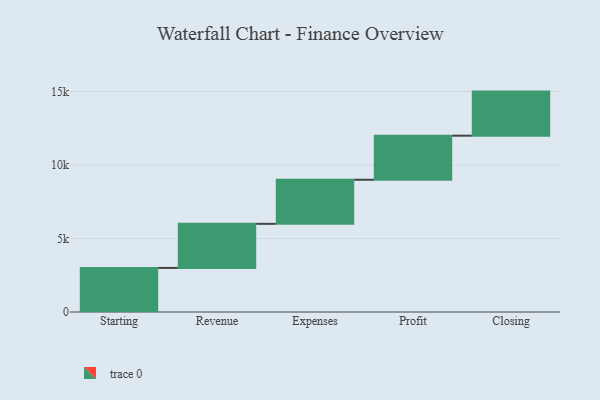
{"axis": {"x": "Step", "y": "Value"}, "legend": [""], "data": [{"x": "Starting", "y": 3000, "type": ""}, {"x": "Revenue", "y": 3000, "type": ""}, {"x": "Expenses", "y": 3000, "type": ""}, {"x": "Profit", "y": 3000, "type": ""}, {"x": "Closing", "y": 3000, "type": ""}]}